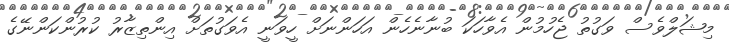
މިޝަލްވެސް ވަގުތު ޖެހުމުން އެވާހަކަ ބުނާނެހެން އަހަންނަށް ހީވަނީ އެވަގުތަށް އިންތިޒާރު ކުރުންކަންނޭގެ